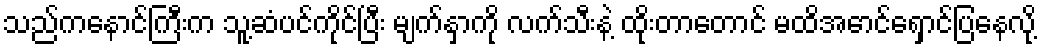
သည်ကနောင်ကြီးက သူ့ဆံပင်ကိုင်ပြီး မျက်နှာကို လက်သီးနဲ့ ထိုးတာတောင် မထိအောင်ရှောင်ပြနေလို့